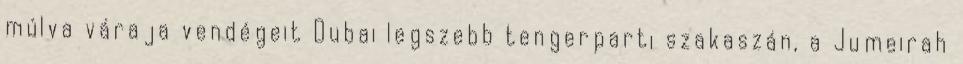
múlva váraja vendégeit Dubai legszebb tengerparti szakaszán, a Jumeirah